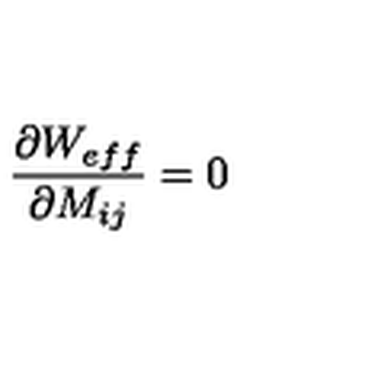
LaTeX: \frac { \partial W _ { e f f } } { \partial M _ { i j } } = 0